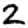
Digit: 2